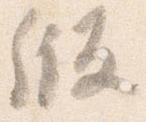
版